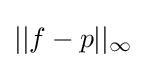
||f-p||_{\infty }